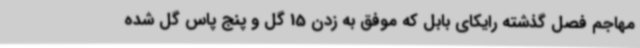
مهاجم فصل گذشته رایکای بابل که موفق به زدن 15 گل و پنج پاس گل شده